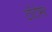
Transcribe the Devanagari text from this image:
टॉटोमर